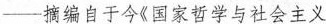
—摘编自于今《国家哲学与社会主义